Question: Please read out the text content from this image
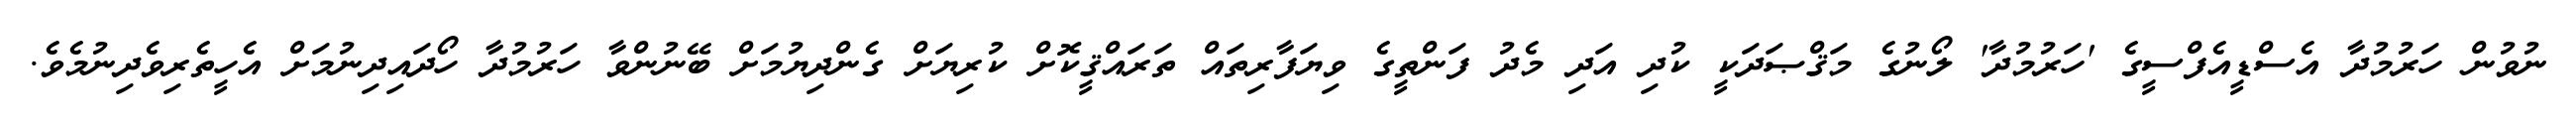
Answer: ނުވުން ހަރުމުދާ އެސްޑީއެފްސީގެ 'ހަރުމުދާ' ލޯނުގެ މަޤްޞަދަކީ ކުދި އަދި މެދު ފަންތީގެ ވިޔަފާރިތައް ތަރައްޤީކޮށް ކުރިޔަށް ގެންދިޔުމަށް ބޭނުންވާ ހަރުމުދާ ހޯދައިދިނުމަށް އެހީތެރިވެދިނުމެވެ.